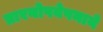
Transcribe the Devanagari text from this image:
प्रारयोपवेषनाने